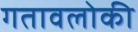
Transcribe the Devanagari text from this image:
गतावलोकी